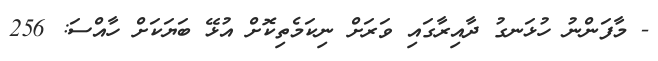
- މާފަންނު ހުޅަނގު ދާއިރާގައި ވަރަށް ނިކަމެތިކޮށް އުޅޭ ބަޔަކަށް ހާއްސަ: 256